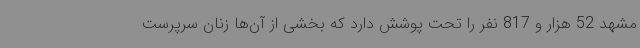
مشهد 52 هزار و 817 نفر را تحت پوشش دارد که بخشی از آن‌ها زنان سرپرست